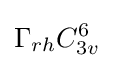
\Gamma _{rh}C_{3v}^{6}